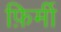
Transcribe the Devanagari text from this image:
फ़िर्मी